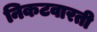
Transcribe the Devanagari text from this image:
निकटवारती